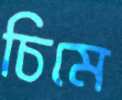
চিমে